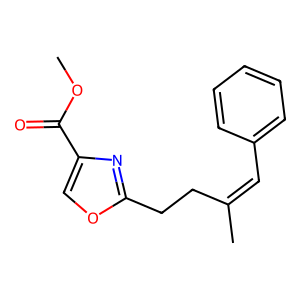
SMILES: COC(=O)c1coc(CCC(C)=Cc2ccccc2)n1
Inhibits HIV replication: No